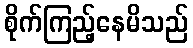
စိုက်ကြည့်နေမိသည်